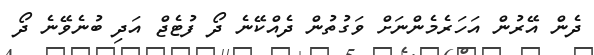
ދެން އޭރުން އަހަރެމެންނަށް ވަގުތުން ދެއްކޭނެ ދޯ ފުޓެޖް އަދި ބުނެވޭނެ ދޯ